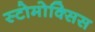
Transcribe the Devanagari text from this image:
स्टोमोक्सिस